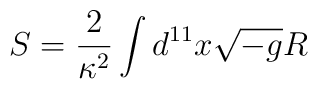
S=\frac{2}{\kappa^2} \int d^{11}x \sqrt{-g} R